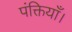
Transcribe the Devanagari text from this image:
पंक्तियाँ।